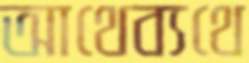
আথেব্যথে